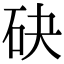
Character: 砄